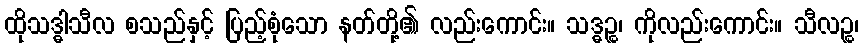
ထိုသဒ္ဓါသီလ စသည်နှင့် ပြည့်စုံသော နတ်တို့၏ လည်းကောင်း။ သဒ္ဓဉ္စ၊ ကိုလည်းကောင်း။ သီလဉ္စ၊